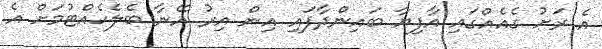
އެ ރަށު ގެއެއްގައި އާފިޔާ ބައިންދާފައި އިން އިރު އޭނާ ބެލެހެއްޓުމަށް އެ